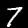
Label: 7